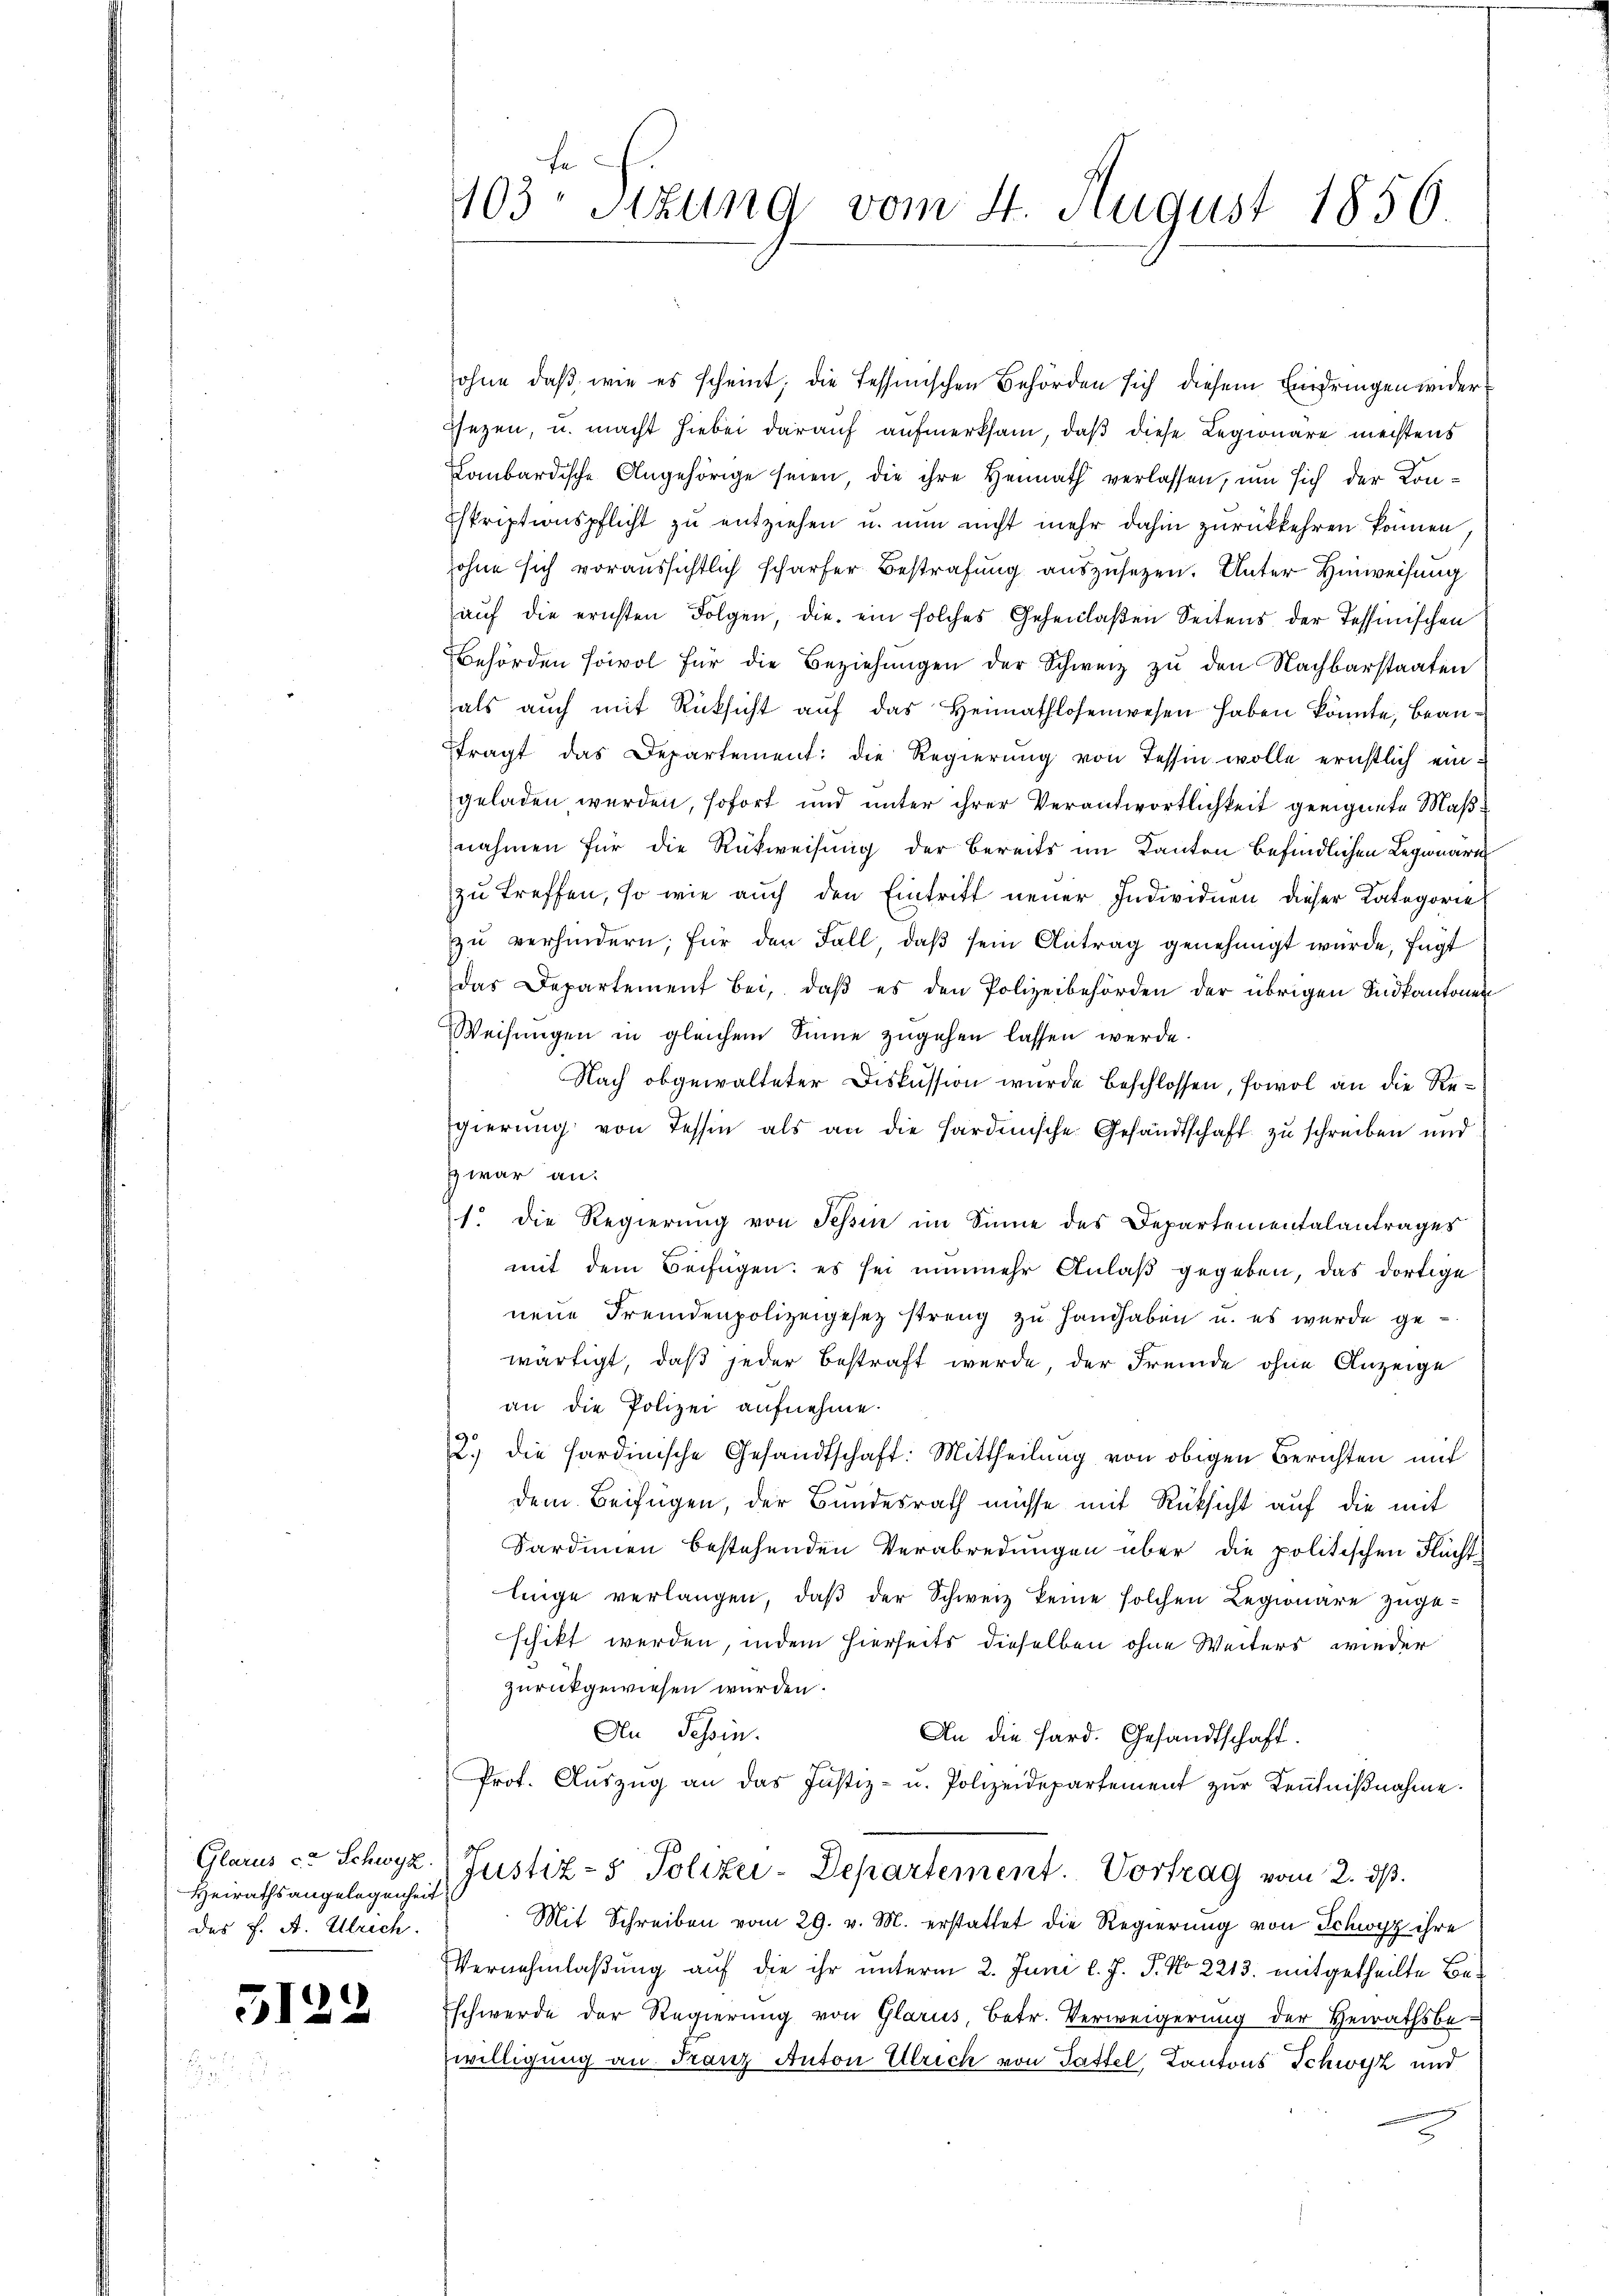
Heirathsangelegenheit
Das f. A. Ulrich.

5122

ohne daß, wie es scheint; die Tessinischen Behörden sich diesem Eindringen widersezen, u. macht hiebei darauf aufmerksam, daß diese Legionäre mechtens
Kombardische Angehörige seien, die ihre Heimath verlassen, um sich der Kon¬
Eskriptionspflicht zu entziehen u. nun nicht mehr dahin zurückkehren können
sohne sich voraussichtlich scharfer Bestrafung auszusetzen. Unter Hinweisung
auf die ernsten Folgen, die ein solches Gehenlaßen Seitens der Tessinischen
Behörden sowol für die Beziehŭngen der Schweiz zu den Nachbarstaaten
als aŭch mit Rücksicht aŭf das Heimathlosenwesen haben könnte, beantragt das Departement: die Regierung von Tessin wolle ernstlich eingeladen werden, sofort und unter ihrer Verantwortlichkeit geeignete Maßnahmen für die Rückweisung der bereits im Kanton befindlichen Legionaru
zu treffen, so wie auch den Eintritt neuer Individuen dieser Kategorie
zu verhindern; für den Fall, daß sein Antrag genehmigt würde, fügt
das Departement bei, daβ es den Polizeibehörden der übrigen Sudkantonen
Weisŭngen in gleichem Sinne zŭgehen lassen werde.
Nach obgewalteter Diskussion wurde beschlossen, sowol an die Regierŭng von Tessin als an die Hardensche Gesandtschaft zu schreiben und
zwar an:
1. die Regierung von Tessin im Sinne des Departementalantrages
mit dem Beifügen: es sei nunmehr Anlaß gegeben, das dortige
neue Fremdenpolizeigesetz streng zu Handhaben u. es wurde gewärtigt, daß jeder bestraft werde, der Fremde ohne Anzeige
an die Polizei aufnehme.
2.) die Sardinische Gesandtschaft: Mittheilung von obigen Berichten mit
dem Beifügen, der Bundesrath müsse mit Rüksicht auf die mit
Sardinien bestehenden Verabredungen über die politischen Flüchtlinge verlangen, daß der Schweiz keine solchen Legionäre zugeschikt werden, indem hierseits dieselben ohne Weiters wieder
zurückgewiesen wurden.
An Tessin.
An die Sard. Gesandtschaft.
Prot. Aŭszŭg an das Justiz- u. Polizeidepartement zŭr Keṅtniβnahme.
Glarus c. Schwyz. Justiz- & Polizei-Departement. Vortrag vom 2. ds.
Mit Schreiben vom 29. v. M. erstattet die Regierung von Schwyz ihre
Vernehmlaßung auf die ihr unterm 2. Juni l. J. P. No 2213. mitgetheilte Beschwerde der Regierung von Glarus, Betr. Verweigerung der Heirathsbe-
willigung an Franz Anton Ulrich von Gattel Kantons Schwyz und

103. Sitzung vom 4. August 1856.